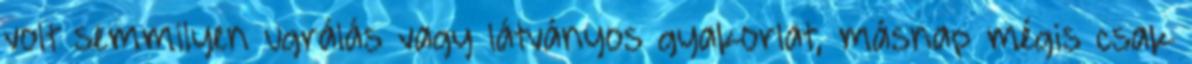
volt semmilyen ugrálás vagy látványos gyakorlat, másnap mégis csak